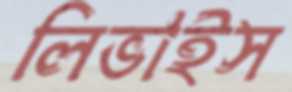
লিভাইস